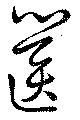
篋